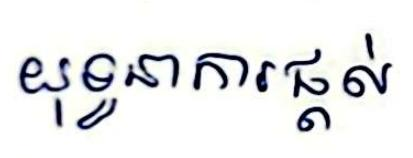
យុទ្ធនាការផ្ដល់